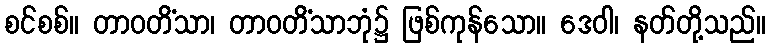
စင်စစ်။ တာဝတိံသာ၊ တာဝတိံသာဘုံ၌ ဖြစ်ကုန်သော။ ဒေဝါ၊ နတ်တို့သည်။